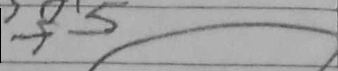
Transcription: f5